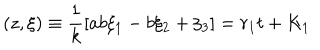
LaTeX: ( z , { \xi } ) \equiv \frac { 1 } { k } [ a b \xi _ { 1 } - b \xi _ { 2 } + \xi _ { 3 } ] = r _ { 1 } t + K _ { 1 }